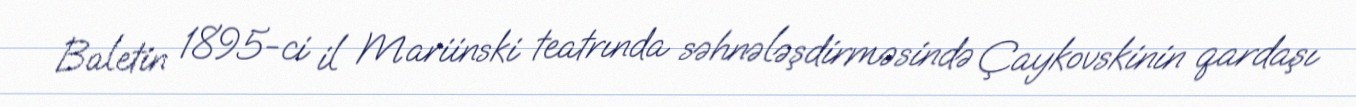
Baletin 1895-ci il Mariinski teatrında səhnələşdirməsində Çaykovskinin qardaşı